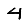
Digit: 4